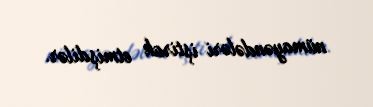
nümayəndələri iştirak etmişdilər.